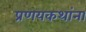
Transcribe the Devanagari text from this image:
प्रणयकथांना